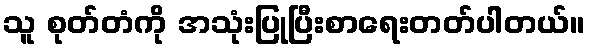
သူ စုတ်တံကို အသုံးပြုပြီးစာရေးတတ်ပါတယ်။